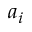
a _ { i }